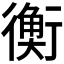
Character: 𧗾